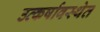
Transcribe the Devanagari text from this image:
उत्कर्षावस्थेत